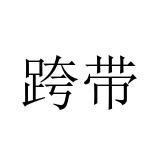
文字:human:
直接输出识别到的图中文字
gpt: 跨带